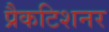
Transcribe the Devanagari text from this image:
प्रैकटिशनर